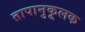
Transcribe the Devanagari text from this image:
तापानुकूलक